system: You are a helpful assistant.
user:
Analyze the provided spectrum to determine if it is a **M-type Giant (gM)**.

A M-type Giant spectrum is defined by its **strong molecular absorption** features, particularly from **Titanium Oxide (TiO)**. You must check for one of the following mutually exclusive signatures:

- **Key Visual Indicators (Absorption-Dominated Spectrum):**

    - **(Primary):** The spectrum is dominated by strong molecular absorption from **Titanium Oxide (TiO)**. This is the **defining feature** of its M-type temperature class.
        - **(Key Bandheads):** Look for sharp, "saw-tooth" absorption valleys. The strongest are located near **~7050 Å**, **~6160 Å**, and **~5170 Å**.
        - **(Line Profile):** The "saw-tooth" morphology is critical: a **sharp, steep drop on the BLUE (short-wavelength) side** of the bandhead, followed by a gradual recovery (rising flux) towards the RED (long-wavelength) side.

    - **(Key Confirmation - Giant vs. Dwarf):** **ABSENCE** of strong **Calcium Hydride (CaH)** molecular bands. This is the primary diagnostic for *excluding* M-dwarfs.
        - **(Key Region):** The spectrum should lack the strong, broad absorption band seen in dwarfs between **~6800 Å and ~7000 Å**.

    - **(Secondary Confirmation - Giant):** A very strong and broad **Neutral Calcium (Ca I)** atomic absorption line.
        - **(Key Line):** Located at **~4226 Å**. In a giant (gM), this line is significantly deeper and broader than the same line in an M-dwarf (dM) due to low surface gravity.

    - **(Overall Spectrum):**
        - The continuum is **extremely red-sloping** (i.e., flux is very low in the blue and rises dramatically towards the red).
        - The entire spectrum appears "chopped up" by the deep TiO bands.

Think first, call **spectral_visualization_tool** if needed to examine features in detail, then provide your final answer. Your response must adhere to the following strict rules:
1.  **Overall Structure:** Your response must follow the format `<think>...</think> <tool_call>...</tool_call> (if a tool is used) <answer>...</answer>`.
2.  **Tool Usage Constraint:** You may only make **one** tool call per turn.
3.  **Final Answer Format:** In the `<answer>` tag, your conclusion must be inside a `\boxed{}` command (e.g., `\boxed{YES}` or `\boxed{NO}`), followed by your justification.

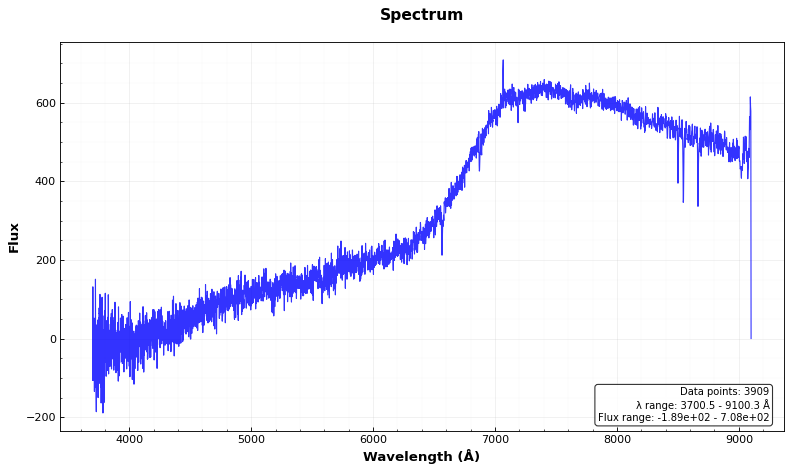
Answer: NO